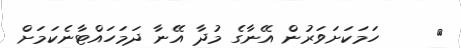
٣     ހަމަކަށަވަރުން އޭނާގެ މުދާ އޭނާ ދަމަހައްޓާނެކަމަށް